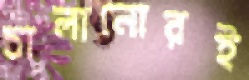
চালানোরই